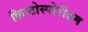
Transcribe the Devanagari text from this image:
क्रिप्टोस्पोरीडम